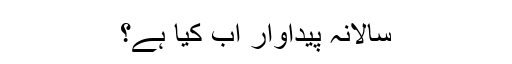
سالانہ پیداوار اب کیا ہے؟